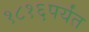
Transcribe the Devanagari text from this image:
१८१६पर्यंत